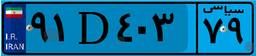
۹۱D۴۰۳۷۹